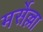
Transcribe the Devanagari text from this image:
मर्सेल्ला